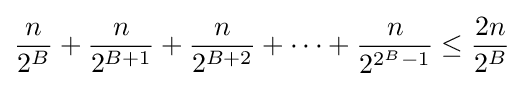
{\frac {n}{2^{B}}}+{\frac {n}{2^{B+1}}}+{\frac {n}{2^{B+2}}}+\cdots +{\frac {n}{2^{2^{B}-1}}}\leq {\frac {2n}{2^{B}}}